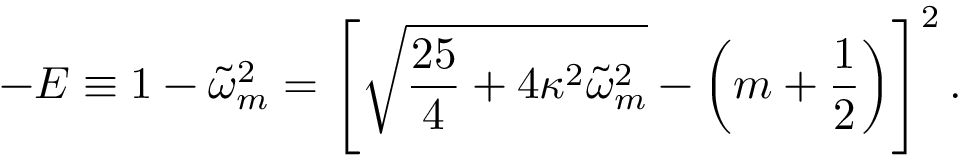
- E \equiv 1 - \tilde { \omega } _ { m } ^ { 2 } = \left[ \sqrt { \frac { 2 5 } { 4 } + 4 \kappa ^ { 2 } \tilde { \omega } _ { m } ^ { 2 } } - \left( m + \frac 1 2 \right) \right] ^ { 2 } .